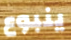
ينبوع